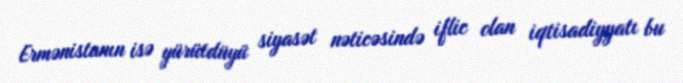
Ermənistanın isə yürütdüyü siyasət nəticəsində iflic olan iqtisadiyyatı bu